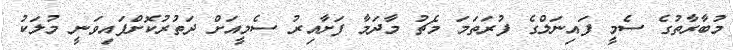
މުބާރާތުގެ ސެމީ ފައިނަލްގެ ފުރަތަމަ މެޗު މާދަމާ ފަށާއިރު ސެމީއަށް ދަތުރުކޮށްފައިވަނީ މުލަކު